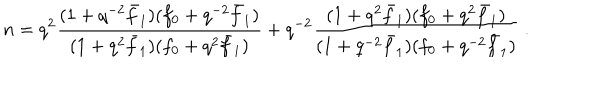
n = q ^ { 2 } \frac { ( 1 + q ^ { - 2 } \bar { f } _ { 1 } ) ( f _ { 0 } + q ^ { - 2 } \bar { f } _ { 1 } ) } { ( 1 + q ^ { 2 } \bar { f } _ { 1 } ) ( f _ { 0 } + q ^ { 2 } \bar { f } _ { 1 } ) } + q ^ { - 2 } \frac { ( 1 + q ^ { 2 } \bar { f } _ { 1 } ) ( f _ { 0 } + q ^ { 2 } \bar { f } _ { 1 } ) } { ( 1 + q ^ { - 2 } \bar { f } _ { 1 } ) ( f _ { 0 } + q ^ { - 2 } \bar { f } _ { 1 } ) } \; .